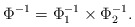
\begin{align*}\Phi^{-1}=\Phi_1^{-1}\times \Phi_2^{-1}.\end{align*}